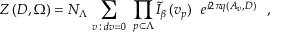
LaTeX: \left. Z \, ( D , \Omega ) = N _ { \Lambda } \, \sum _ { v \, : \, d v = 0 } \ \prod _ { p \subset \Lambda } \tilde { I } _ { \beta } \, ( v _ { p } ) \ \ e ^ { i 2 \pi q ( A _ { v } , D ) } \ \ , \right.